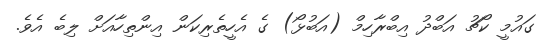
ގައުމީ ކޯޗު އަބްދު އިބްރާހިމް (އަބުޅޯ) ގެ އެހީތެރިކަން އިންތިހާއަށް ލިބެ އެވެ.